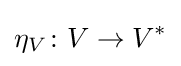
\eta _{V}\colon V\to V^{*}